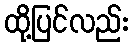
ထို့ပြင်လည်း